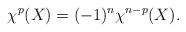
LaTeX: \begin{align*}\chi^p(X) = (-1)^n \chi^{n-p}(X).\end{align*}